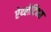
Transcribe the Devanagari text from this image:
ऐथ्लेटिक्स